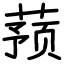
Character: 蓣